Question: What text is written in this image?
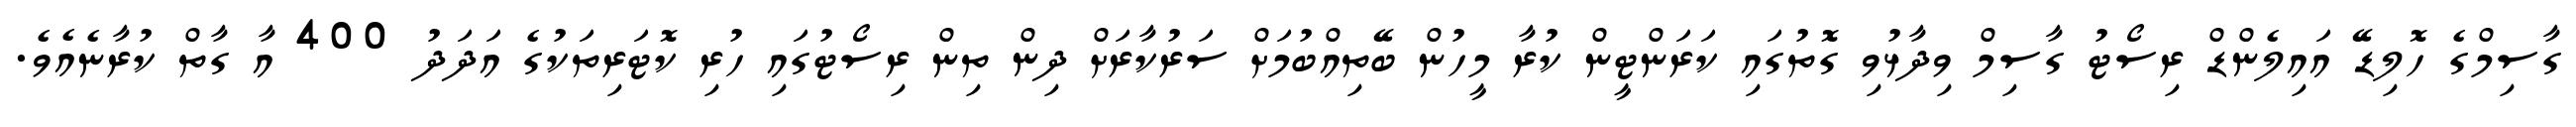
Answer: ގާސިމްގެ ހޮލިޑޭ އައިލެންޑް ރިސޯޓު ގާސިމް ވިދާޅުވި ގޮތުގައި ކަރަންޓީން ކުރާ މީހުން ބޭތިއްބުމަށް ސަރުކާރަށް ދިން ތިން ރިސޯޓުގައި ހުރި ކޮޓަރިތަކުގެ އަދަދު 400 އާ ގާތް ކުރާނެއެވެ.